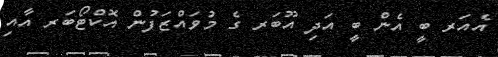
އެއަރ ބީ އެން ބީ އަދި އޫބަރ ގެ މުވައްޒަފުން އޮކްޓޯބަރ އާއި